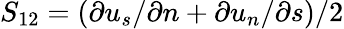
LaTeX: S_{12}=(\partial{u_{s}}/\partial{n}+\partial{u_{n}}/\partial{s})/2